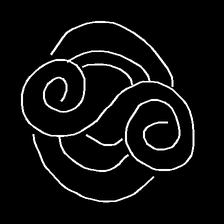
Glyph: wind-underfoot